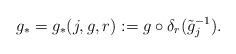
LaTeX: \begin{align*} g_*=g_*(j,g,r):= g \circ \delta_r( \tilde g_j^{-1} ).\end{align*}